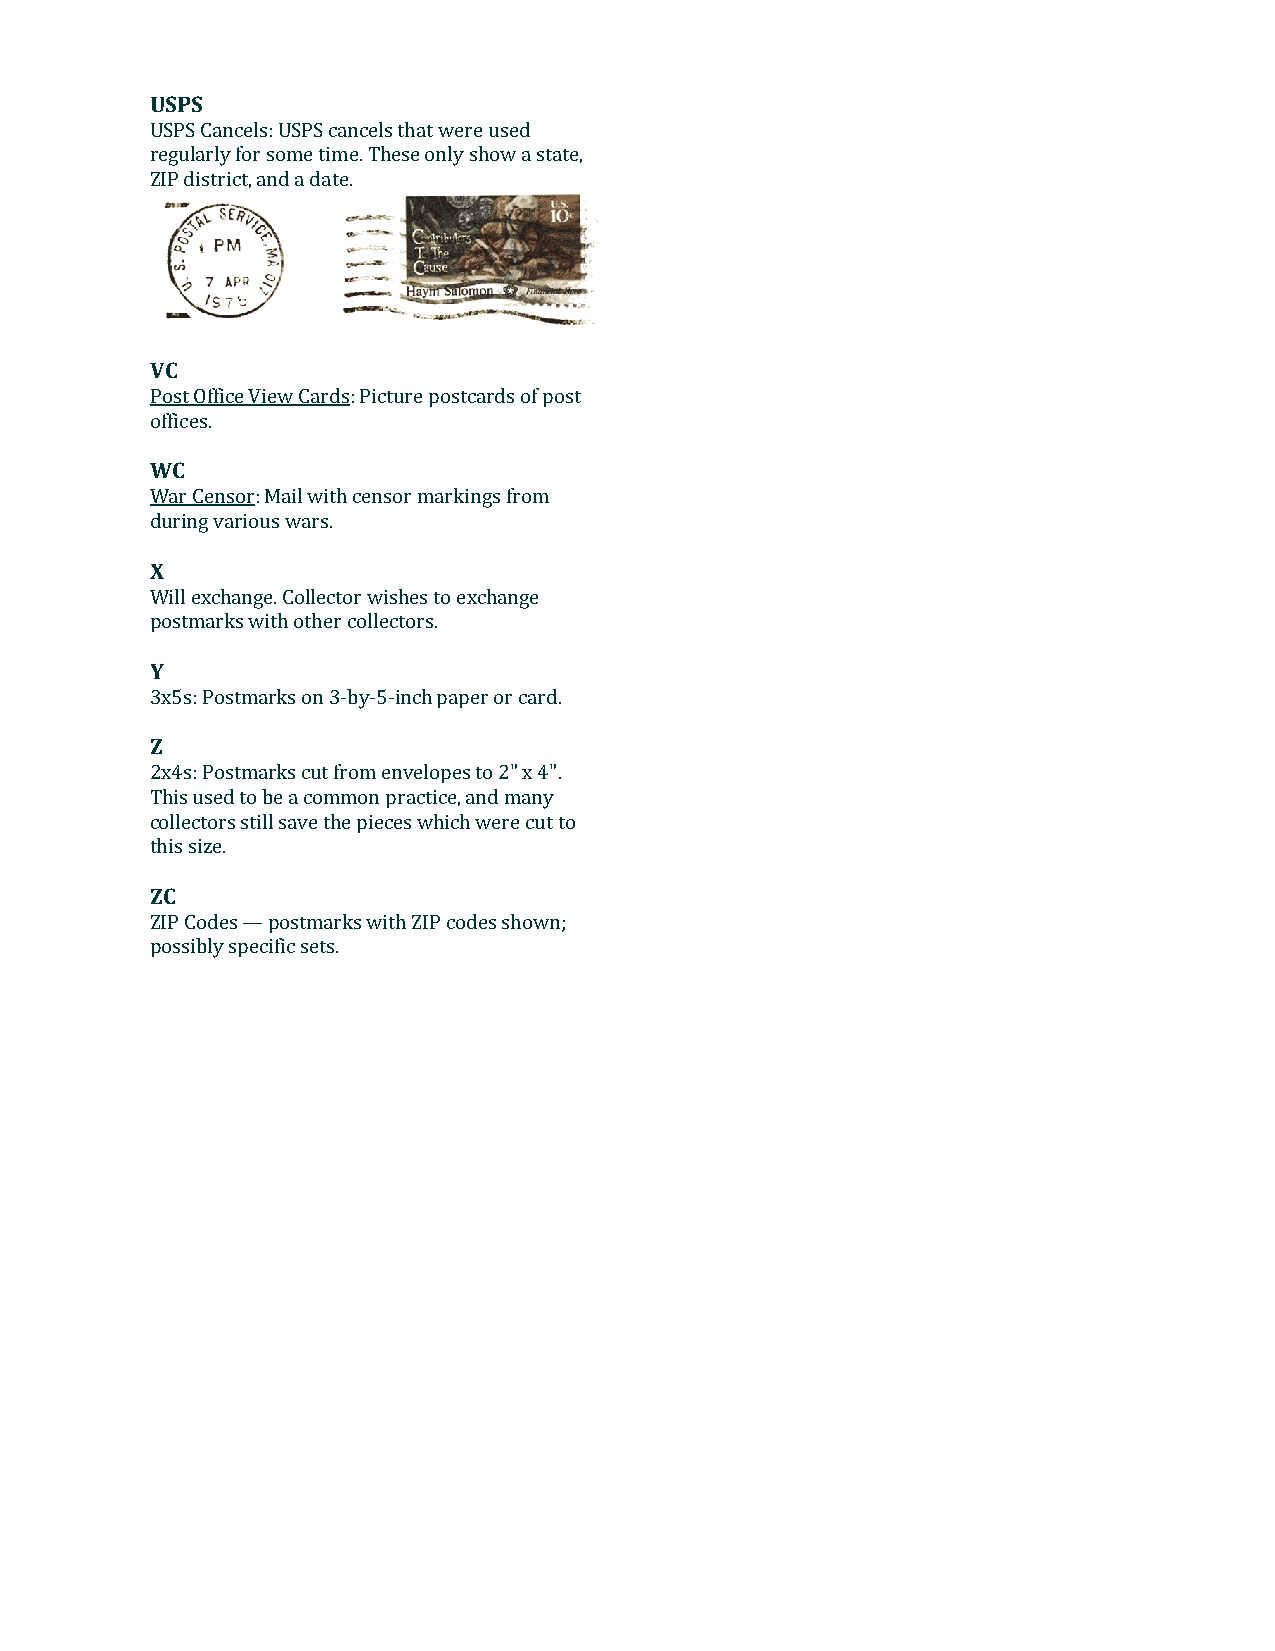
USPS
 USPS Cancels: USPS cancels that were used
 regularly for some time. These only show a state,
 ZIP district, and a date.
 VC
 Post Office View Cards: Picture postcards of post
 offices.
 WC
 War Censor: Mail with censor markings from
 during various wars.
 X
 Will exchange. Collector wishes to exchange
 postmarks with other collectors.
 Y
 3x5s: Postmarks on 3-by-5-inch paper or card.
 Z
 2x4s: Postmarks cut from envelopes to 2" x 4".
 This used to be a common practice, and many
 collectors still save the pieces which were cut to
 this size.
 ZC
 ZIP Codes — postmarks with ZIP codes shown;
 possibly specific sets.